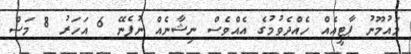
މައުމޫނު ޕާޓީއެއް ހެއްދެވުމުގެ އެއްވެސް ނިޝާނެއް ނުފެނޭ 6 އަހަރު 8 މަސް